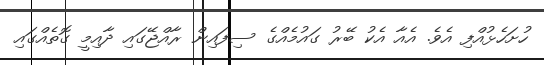
ހުށަހެޅުއްފި އެވެ. އެއާ އެކު ބޭރު ގައުމެއްގެ ސިފައިން ރާއްޖޭގައި ދާއިމީ ގޮތެއްގައި